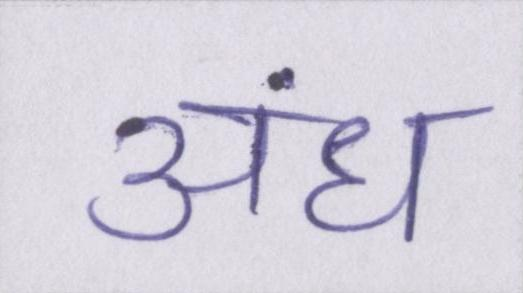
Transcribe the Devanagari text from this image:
अंध